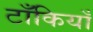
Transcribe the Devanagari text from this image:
टाँकियाँ